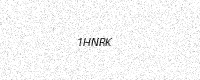
Text: 1HNRK